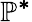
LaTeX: \mathbb{P^{*}}